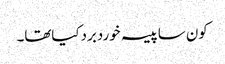
کون ساپیسہ خوردبردکیاتھا۔